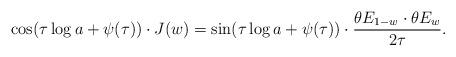
LaTeX: \begin{align*}\cos(\tau\log a +\psi(\tau))\cdot J(w)=\sin(\tau\log a +\psi(\tau))\cdot\frac{\theta E_{1-w}\cdot\theta E_w}{2\tau}.\end{align*}